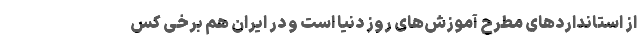
از استانداردهای مطرح آموزش‌های روز دنیا است و در ایران هم برخی کس